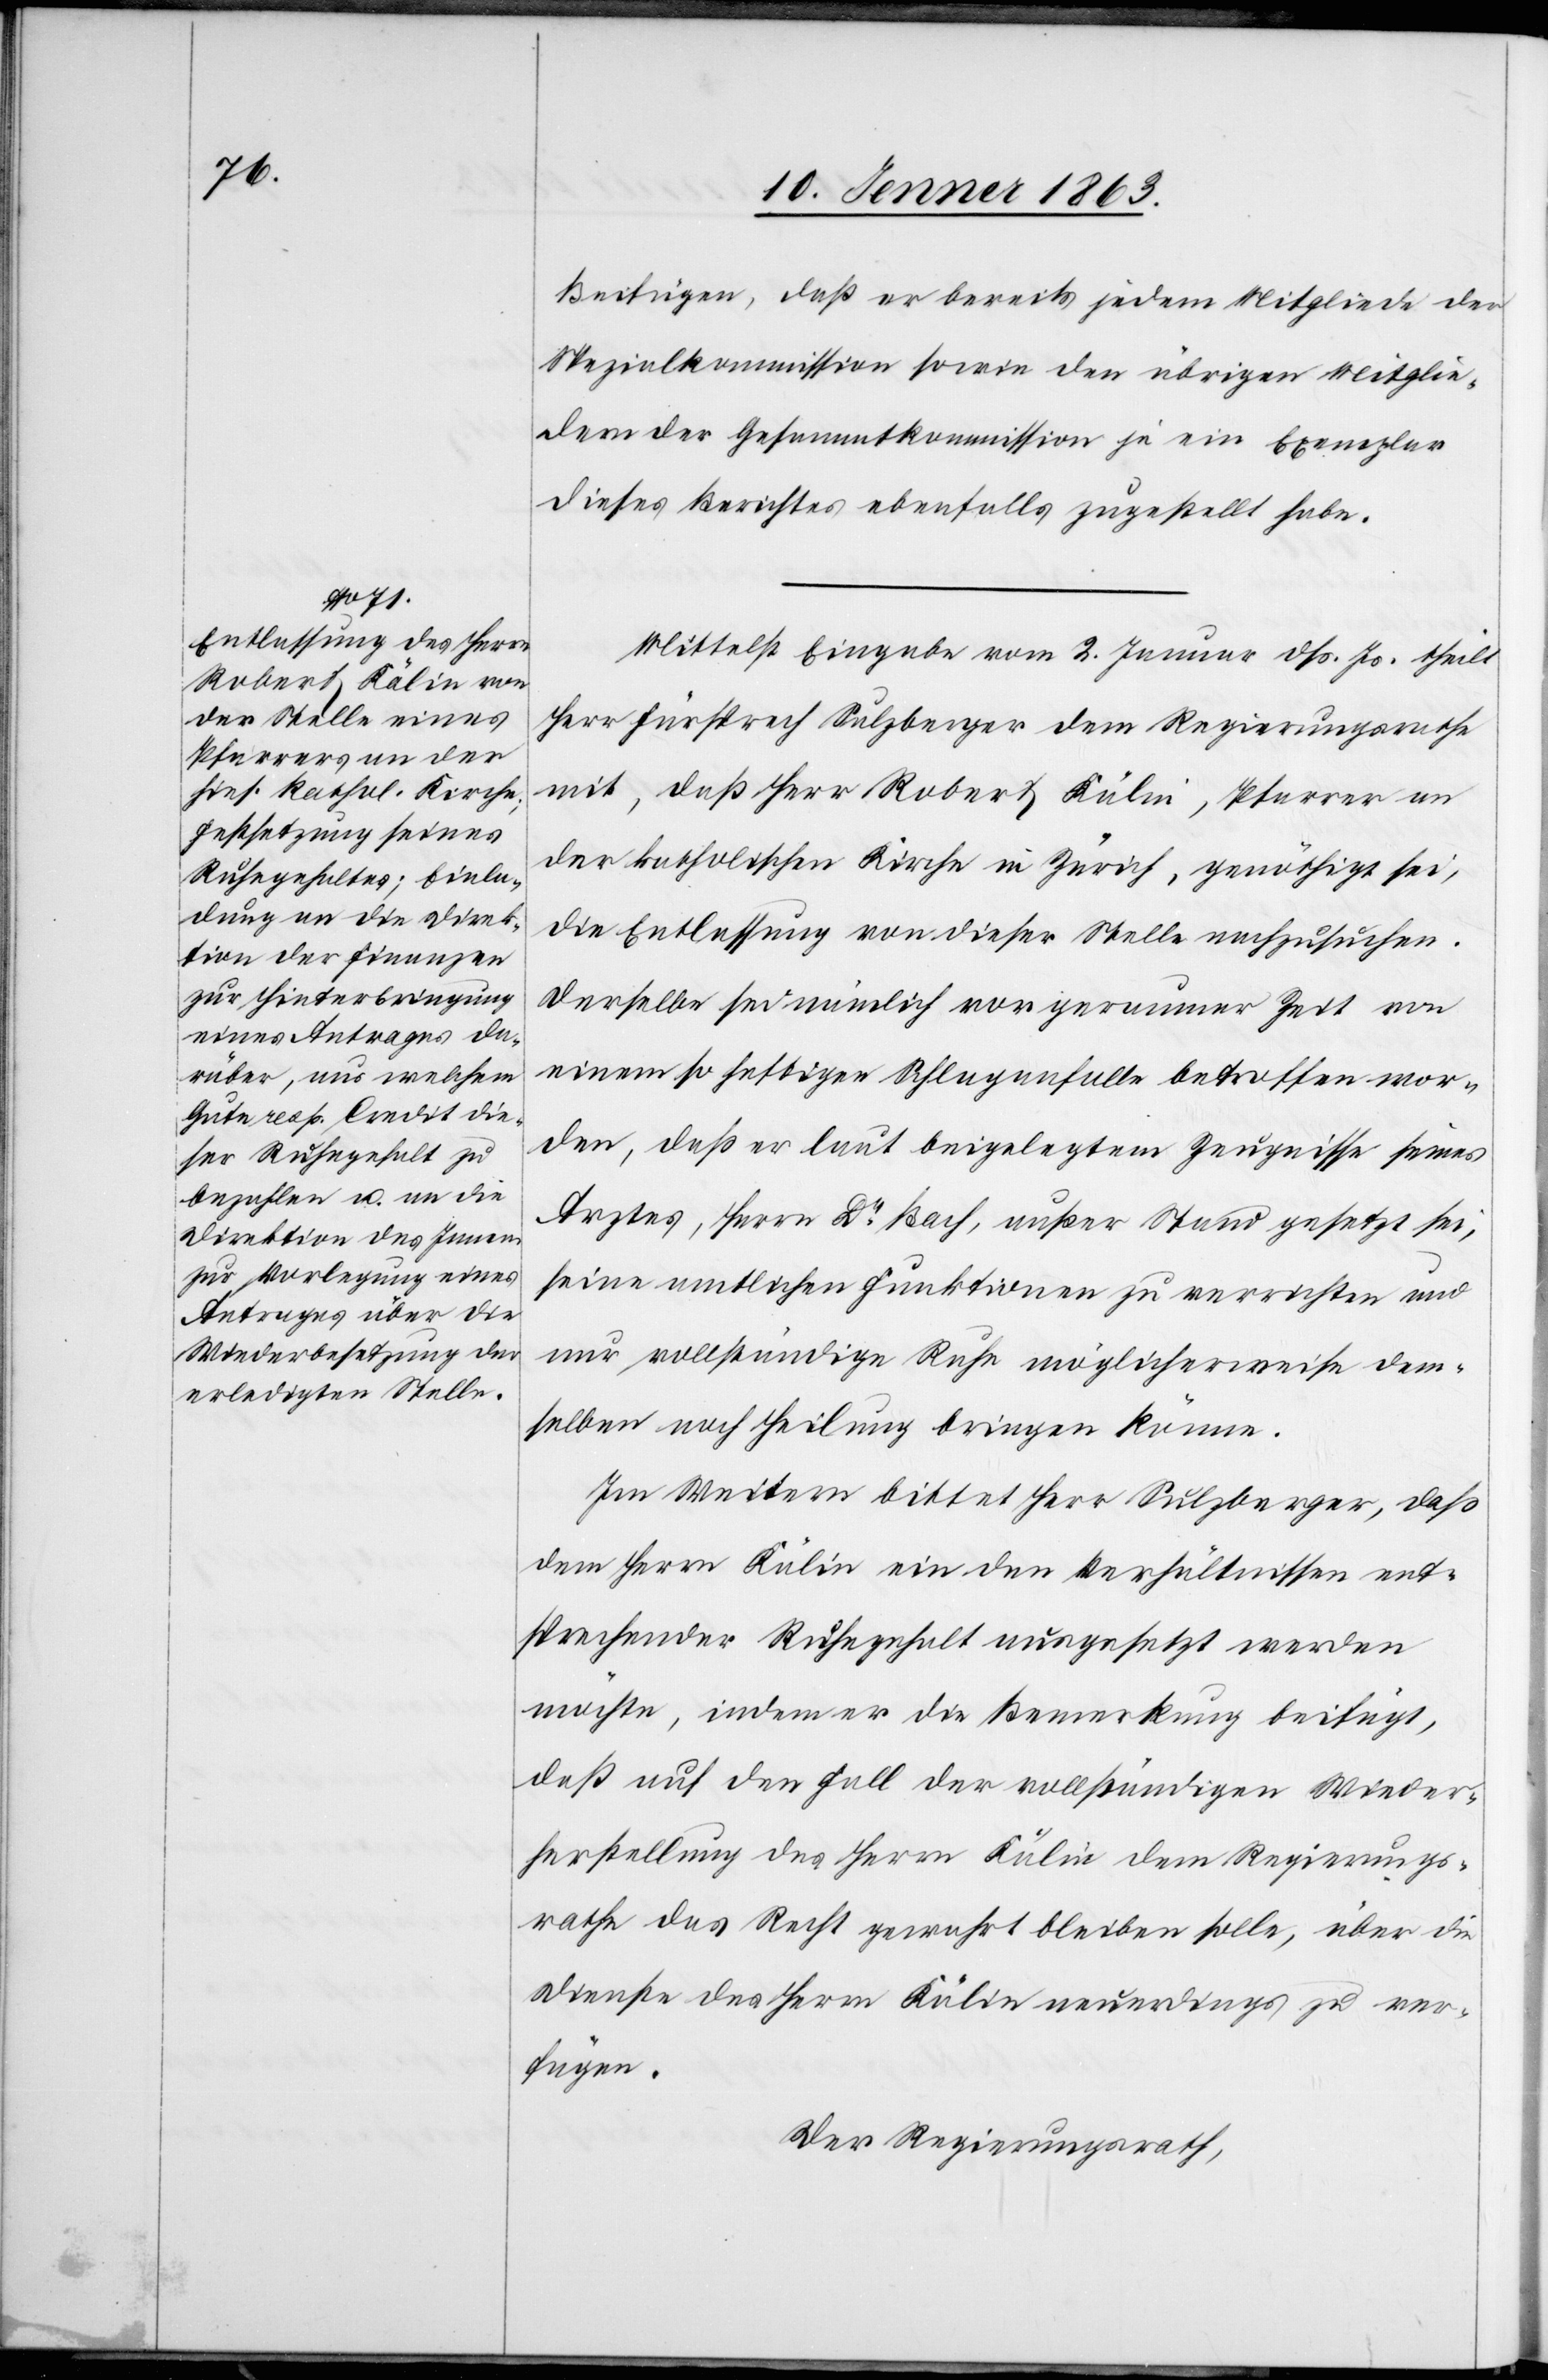
Beifügen, daß er bereits jedem Mitgliede der
Spezialkommission sowie den übrigen Mitglie¬
dern der Gesammtkommission je ein Exemplar
dieses Berichtes ebenfalls zugestellt habe.
Mittelst Eingabe vom 2. Januar dß. Js. theilt
Herr Fürsprech Sulzberger dem Regierungsrathe
mit, daß Herr Robert Kälin, Pfarrer an
der katholischen Kirche in Zürich, genöthigt sei,
die Entlassung von dieser Stelle nachzusuchen.
Derselbe sei nämlich vor geraumer Zeit von
einem so heftigen Schlaganfalle betroffen wor¬
den, daß er laut beigelegtem Zeugnisse seines
Arztes, Herrn Dr Bach, außer Stand gesetzt sei,
seine amtlichen Funktionen zu verrichten und
nur vollständige Ruhe möglicherweise dem¬
selben noch Heilung bringen könne.
Im Weitern bittet Herr Sulzberger, daß
dem Herrn Kälin ein den Verhältnissen ent¬
sprechender Ruhegehalt ausgesetzt werden
möchte, indem er die Bemerkung beifügt,
daß auf den Fall der vollständigen Wieder¬
herstellung des Herrn Kälin dem Regierungs¬
rathe das Recht gewahrt bleiben solle, über die
Dienste des Herrn Kälin neuerdings zu ver¬
fügen.
Der Regierungsrath,